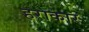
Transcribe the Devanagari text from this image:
हराकार